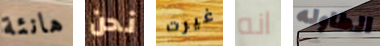
هانئة نحن غيرت انه الطاوله